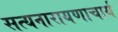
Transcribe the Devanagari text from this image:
सत्यनारायणाचार्य